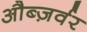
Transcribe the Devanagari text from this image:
औब्ज़र्वर